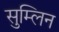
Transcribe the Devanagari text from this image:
सुम्लिन